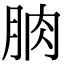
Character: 朒